Lunatic asylums Punjab 1895-1910 - 1895-1910
Year: 1895
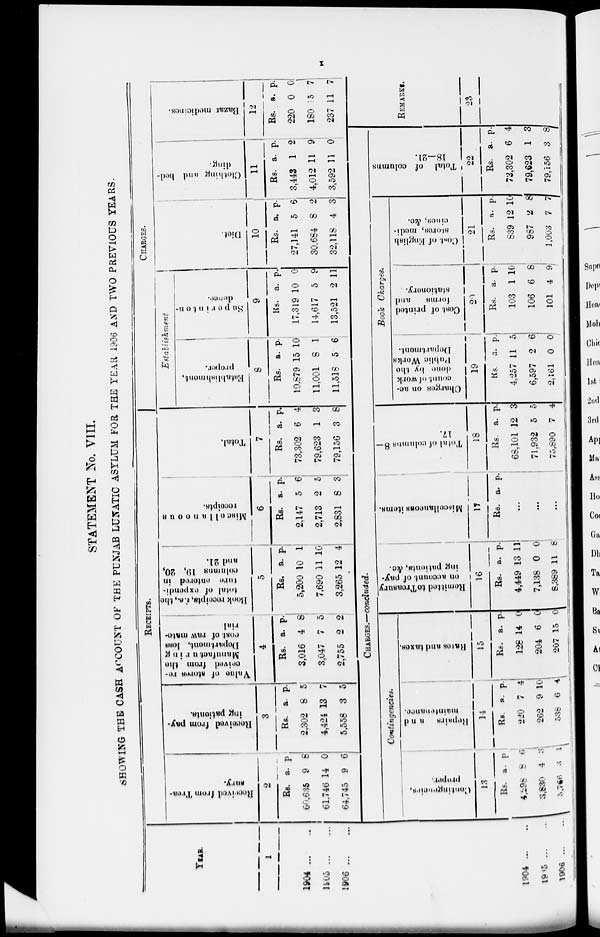
x
STATEMENT No. VIII.
SHOWING THE CASH ACCOUNT OF THE PUNJAB LUNATIC ASYLUM FOR THE YEAR 1906 AND TWO PREVIOUS YEARS.
YEAR.
1
1904 ... ...
1905 ... ...
1906 ... ...
1904
...
...
1905 ... ...
1906 ... ...
RECEIPTS.
Recieved
from Trea-
sury.
2
Rs.
60,635
61,746
64,745
a.
9
14
9
p.
8
0
6
Received
from pay-
ing patients.
3
Rs.
2,302
4,424
5,558
a.
8
13
3
p.
5
7
5
Value of stores re-
--ived
from the
Manufacturing
Department, less
cost of raw mate-
rial.
4
Rs.
3,016
3,047
2,755
a.
4
7
2
p.
8
5
2
Book receipts,
i.e., the
total
of expendi-
ture entered in
columns
19, 20,
and 21.
5
Rs.
5,200
7,690
3,265
a.
10
11
12
p.
1
10
4
Miscellaneous
receipts.
6
Rs.
2,147
2,713
2,831
a.
5
2
8
p.
6
5
3
Total.
7
Rs.
73,302
79,623
79,156
a.
6
1
3
p.
4
3
8
CHARGES.
Establishment
Establishment,
proper.
8
Rs.
10,879
11,001
11,518
a.
15
8
5
p.
10
1
6
Superinten-
dence.
9
Rs.
17,319
14,617
13,521
a.
10
5
2
p.
0
9
11
Diet.
10
Rs.
27,141
30,684
32,118
a.
5
8
4
p.
6
2
3
Clothing and bed-
ding.
11
Rs.
3,443
4,012
3,592
a.
1
11
11
Bazar medicines.
12
p.
2
9
0
CHARGES.—concluded.
Contingencies.
Contingencies,
proper.
13
Rs.
4,298
3,830
5,766
a.
8
4
8
p.
6
3
1
Repairs and
maintenance.
14
Rs.
220
262
538
a.
7
9
6
p.
4
10
4
Rates
and taxes.
15
Rs.
128
204
207
a.
14
6
15
p.
0
0
0
Remitted toTreasury
on account
of pay-
ing patients, &c.
16
Rs.
4,449
7,138
8,389
a.
13
0
11
p.
11
0
8
Miscellaneous items.
17
Rs. a. p.
...
...
...
Total of columns 8—
17.
18
Rs.
68,101
71,932
75,890
a.
12
5
7
p.
3
5
4
Book Charges.
Charges on ac-
count of work
done
by the
Public Works
Department.
19
Rs.
4,257
6,597
2,161
a.
11
2
0
p.
5
6
0
Cost of printed
forms and
stationery.
20
Rs.
103
106
101
a.
1
6
4
p.
10
8
9
Cent
of English
stores, medi-
cines, &c.
21
Rs.
839
987
1,003
a.
12
2
7
p.
10
8
7
Total of columns
18-21.
22
Rs.
73,302
79,623
79,156
a.
6
1
3
p.
4
3
8
Rs.
220
180
237
a.
0
15
11
p.
0
7
7
REMARKS.
23